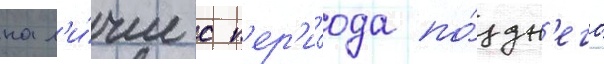
нал'и́чие с п'ер'и́ода по́здн'его